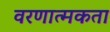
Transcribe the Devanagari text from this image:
वरणात्मकता